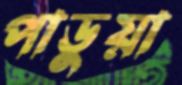
পাডুয়া